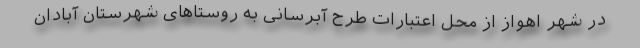
در شهر اهواز از محل اعتبارات طرح آبرسانی به روستاهای شهرستان آبادان